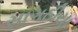
સાગઠીયા